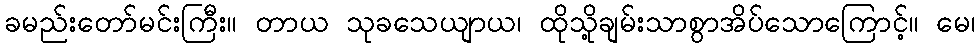
ခမည်းတော်မင်းကြီး။ တာယ သုခသေယျာယ၊ ထိုသို့ချမ်းသာစွာအိပ်သောကြောင့်။ မေ၊